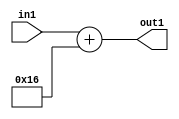
`timescale 1ps / 1ps
/*****************************************************************************
    Verilog RTL Description
    
    
    Created by: Stratus DpOpt 2019.1.01 
*******************************************************************************/

module DC_Filter_Add_12U_133_4 (
	in1,
	out1
	); /* architecture "behavioural" */ 
input [11:0] in1;
output [11:0] out1;
wire [11:0] asc001;

assign asc001 = 
	+(in1)
	+(12'B000000010110);

assign out1 = asc001;
endmodule

/* CADENCE  urnxTg4= : u9/ySgnWtBlWxVPRXgAZ4Og= ** DO NOT EDIT THIS LINE ******/